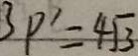
3 P ^ { \prime } = 4 \sqrt { 3 }